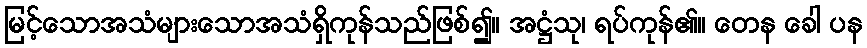
မြင့်သောအသံများသောအသံရှိကုန်သည်ဖြစ်၍။ အဋ္ဌံသု၊ ရပ်ကုန်၏။ တေန ခေါ ပန